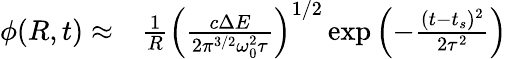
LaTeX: \begin{array}{rl}{\phi(R,t)\approx}&{{}\frac{1}{R}{\left(\frac{c\Delta E}{2\pi^{3/2}\omega_{0}^{2}\tau}\right)}^{1/2}\exp{\left(-\frac{(t-t_{s})^{2}}{2\tau^{2}}\right)}}\end{array}